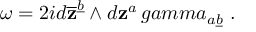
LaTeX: \omega = 2 i d \overline { { { \bf z } } } ^ { \underline { { b } } } \wedge d { \bf z } ^ { a } \, g a m m a _ { a \underline { { b } } } \ .